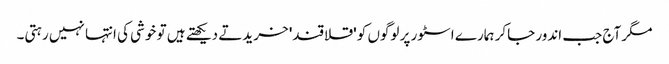
مگر آج جب اندور جاکر ہمارے اسٹور پر لوگوں کو 'قلاقند' خریدتے دیکھتے ہیں تو خوشی کی انتہا نہیں رہتی۔